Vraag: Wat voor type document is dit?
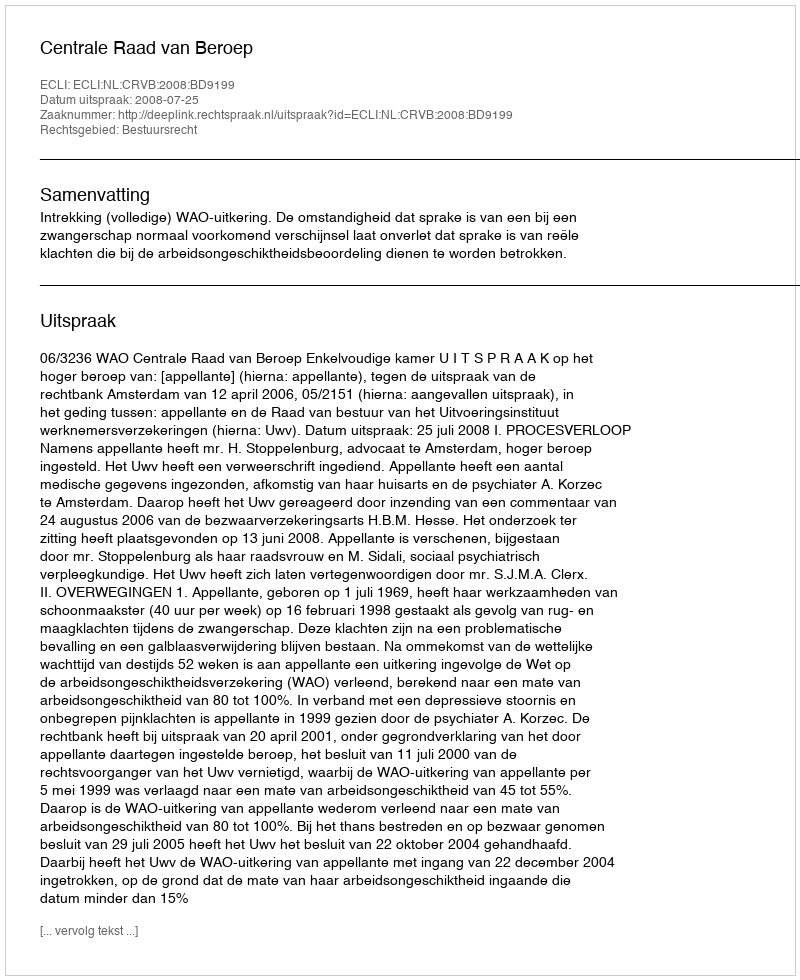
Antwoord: Uitspraak